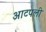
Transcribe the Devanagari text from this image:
आटपली